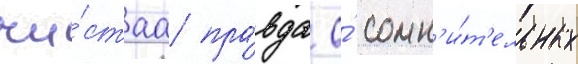
чи́стаа пра́вда о́ сомн'и́т'ельных